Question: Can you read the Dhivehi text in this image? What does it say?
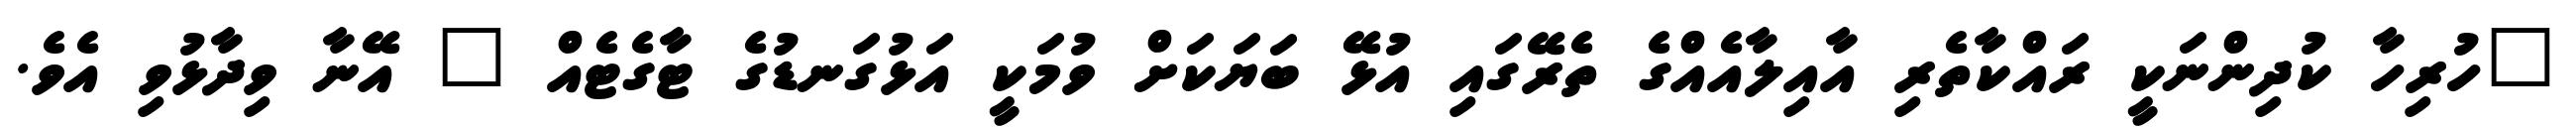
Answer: "ހުރިހާ ކުދިންނަކީ ރައްކާތެރި އާއިލާއެއްގެ ތެރޭގައި އުޅޭ ބަޔަކަށް ވުމަކީ އަޅުގަނޑުގެ ޓާގެޓެއް " އޭނާ ވިދާޅުވި އެވެ.